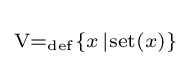
\scriptstyle {\mathrm {V} =_{\mathrm {def} }\{x\,|\mathrm {set} (x)\}}